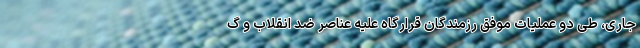
جاری، طی دو عملیات موفق رزمندگان قرارگاه علیه عناصر ضد انقلاب و گ